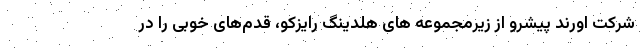
شرکت اورند پیشرو از زیرمجموعه های هلدینگ رایزکو، قدم‌های خوبی را در